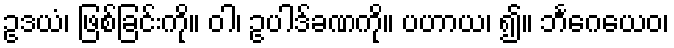
ဥဒယံ၊ ဖြစ်ခြင်းကို။ ဝါ၊ ဥပါဒ်ခဏကို။ ပဟာယ၊ ၍။ ဘင်္ဂေယေဝ၊